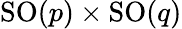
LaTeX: \mathrm{SO}(p)\times\mathrm{SO}(q)